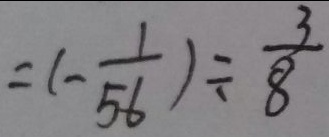
= ( - \frac { 1 } { 5 6 } ) \div \frac { 3 } { 8 }